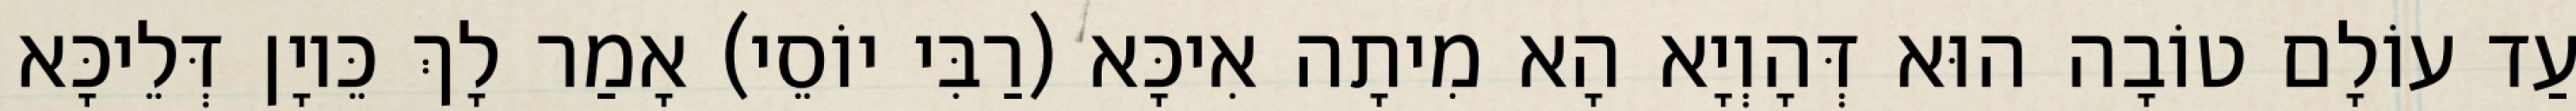
עַד עוֹלָם טוֹבָה הוּא דְּהָוְיָא הָא מִיתָה אִיכָּא (רַבִּי יוֹסֵי) אָמַר לָךְ כֵּיוָן דְּלֵיכָּא